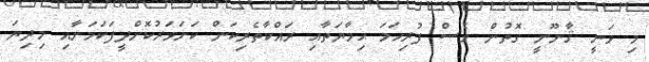
މި ވަނީ ޤާނޫނީ ގޮތުން ވެސް ފުރިހަމަ ޙިމާޔަތާއި ރައްކާތެރިކަން ކަށަވަރުކޮށްދީފަކަމަށާއި މިދިޔަ